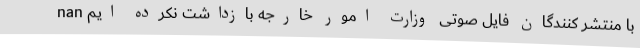
با منتشر کنندگان فایل صوتی وزارت امور خارجه بازداشت نکرده ایم nan